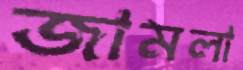
জামলা